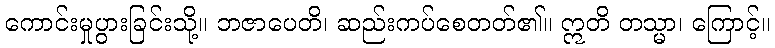
ကောင်းမှုပွားခြင်းသို့။ ဘဇာပေတိ၊ ဆည်းကပ်စေတတ်၏။ ဣတိ တသ္မာ၊ ကြောင့်။